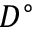
D ^ { \circ }